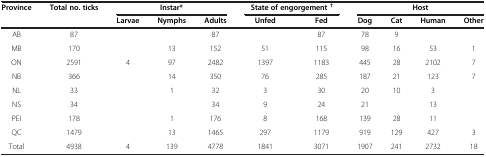
| Province | Total no. ticks | <COLSPAN=3> Instar* | <COLSPAN=2> State of engorgement † | <COLSPAN=4> Host |
 |  |  | Larvae | Nymphs | Adults | Unfed | Fed | Dog | Cat | Human | Other |
 | --- | --- | --- | --- | --- | --- | --- | --- | --- | --- | --- |
 | AB | 87 |  |  | 87 |  | 87 | 78 | 9 |  |  |
 | MB | 170 |  | 13 | 152 | 51 | 115 | 98 | 16 | 53 | 1 |
 | ON | 2591 | 4 | 97 | 2482 | 1397 | 1183 | 445 | 28 | 2102 | 7 |
 | NB | 366 |  | 14 | 350 | 76 | 285 | 187 | 21 | 123 | 7 |
 | NL | 33 |  | 1 | 32 | 3 | 30 | 20 | 10 | 3 |  |
 | NS | 34 |  |  | 34 | 9 | 24 | 21 |  | 13 |  |
 | PEI | 178 |  | 1 | 176 | 8 | 168 | 139 | 28 | 11 |  |
 | QC | 1479 |  | 13 | 1465 | 297 | 1179 | 919 | 129 | 427 | 3 |
 | Total | 4938 | 4 | 139 | 4778 | 1841 | 3071 | 1907 | 241 | 2732 | 18 |